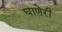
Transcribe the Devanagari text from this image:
घाणेरी